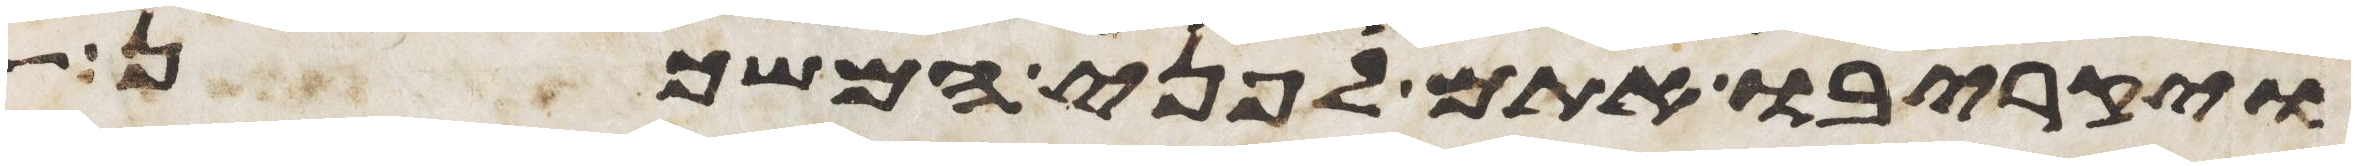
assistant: ויקריבו אתם לפני המשכן